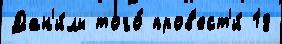
Дан'и́лы того́ пров'ест'и́ 18